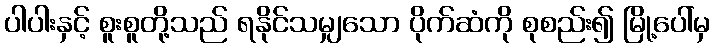
ပါပါးနှင့် စူးစူတို့သည် ရနိုင်သမျှသော ပိုက်ဆံကို စုစည်း၍ မြို့ပေါ်မှ